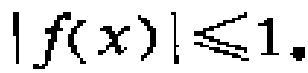
\(\vert f(x)\vert\leqslant1\)